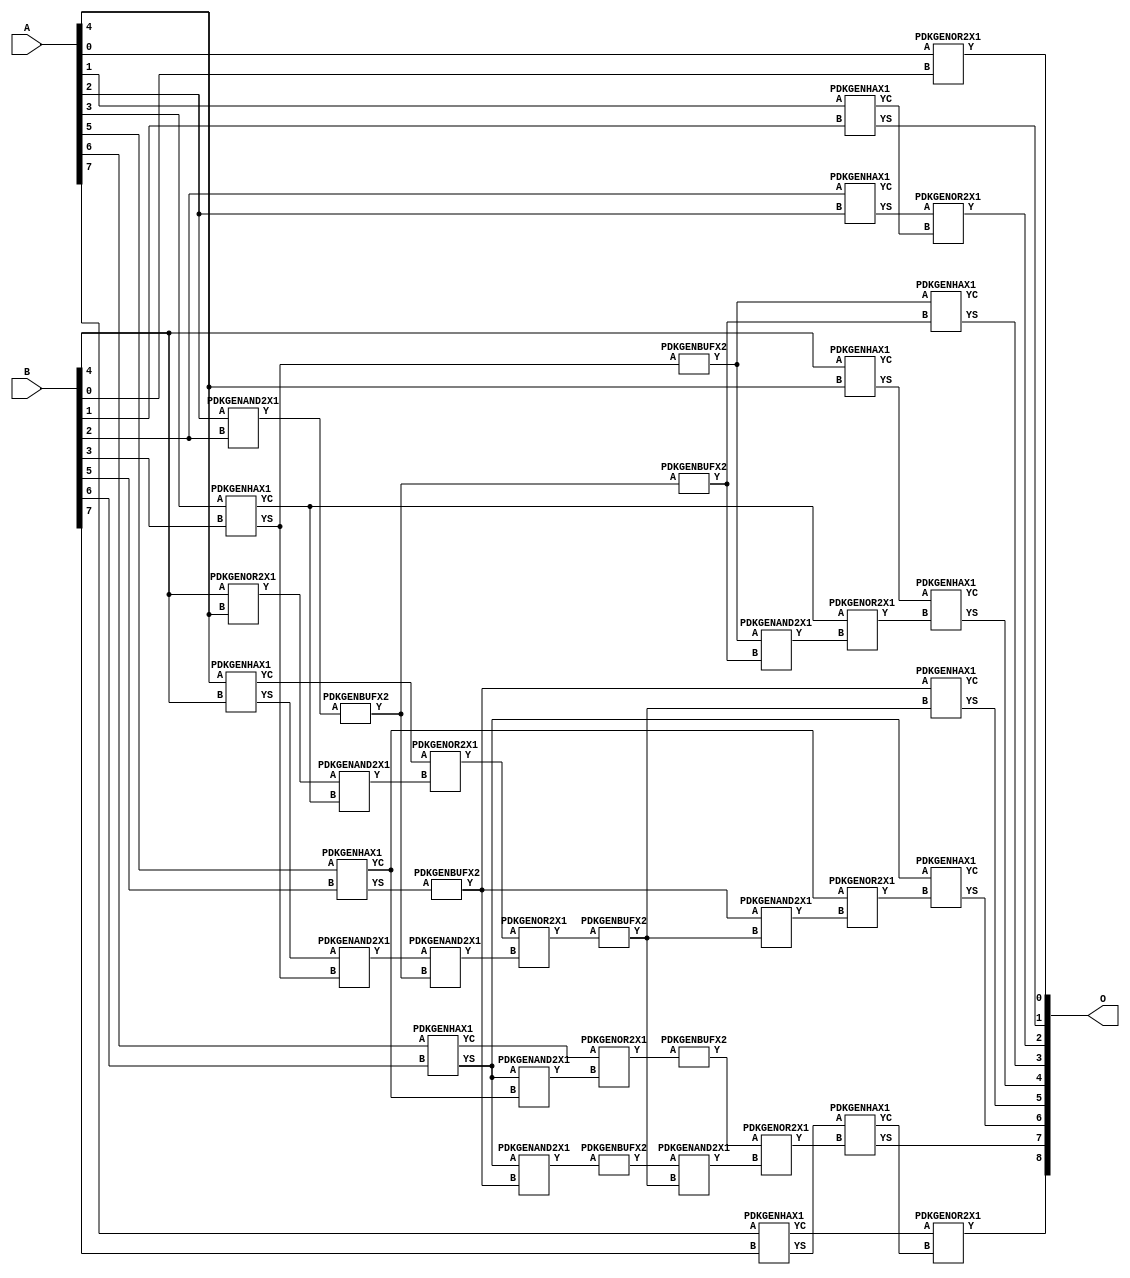
// Library = EvoApprox8b
// Circuit = add8_314
// Area   (180) = 1816
// Delay  (180) = 1.050
// Power  (180) = 587.60
// Area   (45) = 122
// Delay  (45) = 0.430
// Power  (45) = 47.00
// Nodes = 39
// HD = 73344
// MAE = 0.75000
// MSE = 2.50000
// MRE = 0.40 %
// WCE = 5
// WCRE = 50 %
// EP = 34.4 %

module add8_314(A, B, O);
  input [7:0] A;
  input [7:0] B;
  output [8:0] O;
  wire [2031:0] N;

  assign N[0] = A[0];
  assign N[1] = A[0];
  assign N[2] = A[1];
  assign N[3] = A[1];
  assign N[4] = A[2];
  assign N[5] = A[2];
  assign N[6] = A[3];
  assign N[7] = A[3];
  assign N[8] = A[4];
  assign N[9] = A[4];
  assign N[10] = A[5];
  assign N[11] = A[5];
  assign N[12] = A[6];
  assign N[13] = A[6];
  assign N[14] = A[7];
  assign N[15] = A[7];
  assign N[16] = B[0];
  assign N[17] = B[0];
  assign N[18] = B[1];
  assign N[19] = B[1];
  assign N[20] = B[2];
  assign N[21] = B[2];
  assign N[22] = B[3];
  assign N[23] = B[3];
  assign N[24] = B[4];
  assign N[25] = B[4];
  assign N[26] = B[5];
  assign N[27] = B[5];
  assign N[28] = B[6];
  assign N[29] = B[6];
  assign N[30] = B[7];
  assign N[31] = B[7];

  PDKGENOR2X1 n32(.A(N[0]), .B(N[16]), .Y(N[32]));
  PDKGENHAX1 n40(.A(N[2]), .B(N[18]), .YS(N[40]), .YC(N[41]));
  PDKGENOR2X1 n46(.A(N[24]), .B(N[8]), .Y(N[46]));
  assign N[47] = N[46];
  PDKGENHAX1 n48(.A(N[20]), .B(N[4]), .YS(N[48]), .YC(N[49]));
  PDKGENAND2X1 n50(.A(N[4]), .B(N[20]), .Y(N[50]));
  assign N[51] = N[50];
  PDKGENHAX1 n58(.A(N[6]), .B(N[22]), .YS(N[58]), .YC(N[59]));
  PDKGENHAX1 n68(.A(N[8]), .B(N[24]), .YS(N[68]), .YC(N[69]));
  PDKGENHAX1 n78(.A(N[10]), .B(N[26]), .YS(N[78]), .YC(N[79]));
  PDKGENHAX1 n86(.A(N[12]), .B(N[28]), .YS(N[86]), .YC(N[87]));
  PDKGENBUFX2 n90(.A(N[78]), .Y(N[90]));
  assign N[91] = N[90];
  PDKGENHAX1 n96(.A(N[14]), .B(N[30]), .YS(N[96]), .YC(N[97]));
  PDKGENBUFX2 n126(.A(N[58]), .Y(N[126]));
  PDKGENAND2X1 n134(.A(N[47]), .B(N[59]), .Y(N[134]));
  assign N[135] = N[134];
  PDKGENAND2X1 n142(.A(N[68]), .B(N[58]), .Y(N[142]));
  assign N[143] = N[142];
  PDKGENBUFX2 n150(.A(N[51]), .Y(N[150]));
  assign N[151] = N[150];
  PDKGENOR2X1 n152(.A(N[69]), .B(N[135]), .Y(N[152]));
  assign N[153] = N[152];
  PDKGENAND2X1 n162(.A(N[86]), .B(N[79]), .Y(N[162]));
  PDKGENAND2X1 n174(.A(N[86]), .B(N[91]), .Y(N[174]));
  assign N[175] = N[174];
  PDKGENOR2X1 n180(.A(N[87]), .B(N[162]), .Y(N[180]));
  PDKGENBUFX2 n198(.A(N[150]), .Y(N[198]));
  assign N[199] = N[198];
  PDKGENAND2X1 n208(.A(N[143]), .B(N[151]), .Y(N[208]));
  assign N[209] = N[208];
  PDKGENHAX1 n224(.A(N[24]), .B(N[8]), .YS(N[224]), .YC(N[225]));
  PDKGENOR2X1 n226(.A(N[153]), .B(N[209]), .Y(N[226]));
  assign N[227] = N[226];
  PDKGENBUFX2 n244(.A(N[175]), .Y(N[244]));
  PDKGENBUFX2 n254(.A(N[180]), .Y(N[254]));
  assign N[255] = N[254];
  PDKGENBUFX2 n272(.A(N[227]), .Y(N[272]));
  assign N[273] = N[272];
  PDKGENAND2X1 n282(.A(N[244]), .B(N[273]), .Y(N[282]));
  PDKGENOR2X1 n292(.A(N[255]), .B(N[282]), .Y(N[292]));
  assign N[293] = N[292];
  PDKGENAND2X1 n320(.A(N[126]), .B(N[199]), .Y(N[320]));
  PDKGENOR2X1 n328(.A(N[59]), .B(N[320]), .Y(N[328]));
  PDKGENAND2X1 n338(.A(N[91]), .B(N[272]), .Y(N[338]));
  assign N[339] = N[338];
  PDKGENOR2X1 n348(.A(N[79]), .B(N[339]), .Y(N[348]));
  assign N[349] = N[348];
  PDKGENOR2X1 n366(.A(N[48]), .B(N[41]), .Y(N[366]));
  PDKGENHAX1 n376(.A(N[126]), .B(N[198]), .YS(N[376]), .YC(N[377]));
  PDKGENHAX1 n384(.A(N[224]), .B(N[328]), .YS(N[384]), .YC(N[385]));
  PDKGENHAX1 n394(.A(N[91]), .B(N[272]), .YS(N[394]), .YC(N[395]));
  PDKGENHAX1 n404(.A(N[86]), .B(N[349]), .YS(N[404]), .YC(N[405]));
  PDKGENHAX1 n412(.A(N[96]), .B(N[293]), .YS(N[412]), .YC(N[413]));
  PDKGENOR2X1 n422(.A(N[97]), .B(N[413]), .Y(N[422]));

  assign O[0] = N[32];
  assign O[1] = N[40];
  assign O[2] = N[366];
  assign O[3] = N[376];
  assign O[4] = N[384];
  assign O[5] = N[394];
  assign O[6] = N[404];
  assign O[7] = N[412];
  assign O[8] = N[422];

endmodule
/* mod */
module PDKGENAND2X1(input A, input B, output Y );
     assign Y = A & B;
endmodule
/* mod */
module PDKGENOR2X1(input A, input B, output Y );
     assign Y = A | B;
endmodule
/* mod */
module PDKGENHAX1( input A, input B, output YS, output YC );
    assign YS = A ^ B;
    assign YC = A & B;
endmodule
/* mod */
module PDKGENBUFX2(input A, output Y );
     assign Y = A;
endmodule